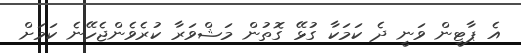
އެ ޕާޓީން ވަނީ ދެ ކަމަކާ ގުޅޭ ގޮތުން މަޝްވަރާ ކުރެވެންޖެހޭނެ ކަމަށް